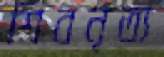
শিবনৃত্য